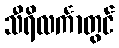
သီရိလင်္ကာတွင်